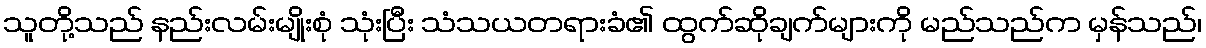
သူတို့သည် နည်းလမ်းမျိုးစုံ သုံးပြီး သံသယတရားခံ၏ ထွက်ဆိုချက်များကို မည်သည်က မှန်သည်၊